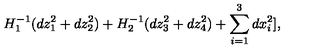
H _ { 1 } ^ { - 1 } ( d z _ { 1 } ^ { 2 } + d z _ { 2 } ^ { 2 } ) + H _ { 2 } ^ { - 1 } ( d z _ { 3 } ^ { 2 } + d z _ { 4 } ^ { 2 } ) + \sum _ { i = 1 } ^ { 3 } d x _ { i } ^ { 2 } ] ,